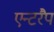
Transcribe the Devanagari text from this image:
एन्टरैप